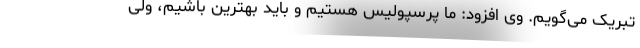
تبریک می‌گویم. وی افزود: ما پرسپولیس هستیم و باید بهترین باشیم، ولی